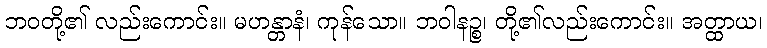
ဘဝတို့၏ လည်းကောင်း။ မဟန္တာနံ၊ ကုန်သော။ ဘဝါနဉ္စ၊ တို့၏လည်းကောင်း။ အတ္ထာယ၊